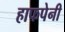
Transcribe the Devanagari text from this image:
हाफपेनी